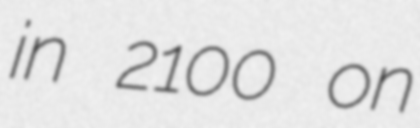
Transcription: in 2100 on